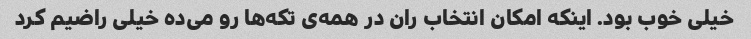
خیلی خوب بود. اینکه امکان انتخاب ران در همه‌ی تکه‌ها رو می‌ده خیلی راضیم کرد